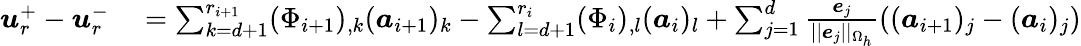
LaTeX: \begin{array}{rl}{\boldsymbol{u}_{r}^{+}-\boldsymbol{u}_{r}^{-}}&{{}=\sum_{k=d+1}^{r_{i+1}}(\Phi_{i+1})_{,k}(\boldsymbol{a}_{i+1})_{k}-\sum_{l=d+1}^{r_{i}}(\Phi_{i})_{,l}(\boldsymbol{a}_{i})_{l}+\sum_{j=1}^{d}\frac{\boldsymbol{e}_{j}}{||\boldsymbol{e}_{j}||_{\Omega_{h}}}((\boldsymbol{a}_{i+1})_{j}-(\boldsymbol{a}_{i})_{j})}\end{array}